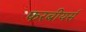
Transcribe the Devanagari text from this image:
फरबीयर्स